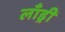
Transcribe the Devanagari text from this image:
लाँड्री